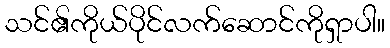
သင်၏ကိုယ်ပိုင်လက်ဆောင်ကိုရှာပါ။